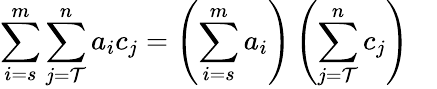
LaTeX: \sum_{i=s}^{m}\sum_{j=\mathcal{T}}^{n}{a_{i}}{c_{j}}=\left(\sum_{i=s}^{m}a_{i}\right)\left(\sum_{j=\mathcal{T}}^{n}c_{j}\right)\quad